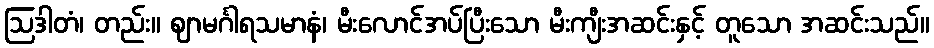
ဩဒါတံ၊ တည်း။ ဈာမင်္ဂါရသမာနံ၊ မီးလောင်အပ်ပြီးသော မီးကျီးအဆင်းနှင့် တူသော အဆင်းသည်။